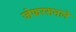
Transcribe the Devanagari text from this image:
जेफरसनाने